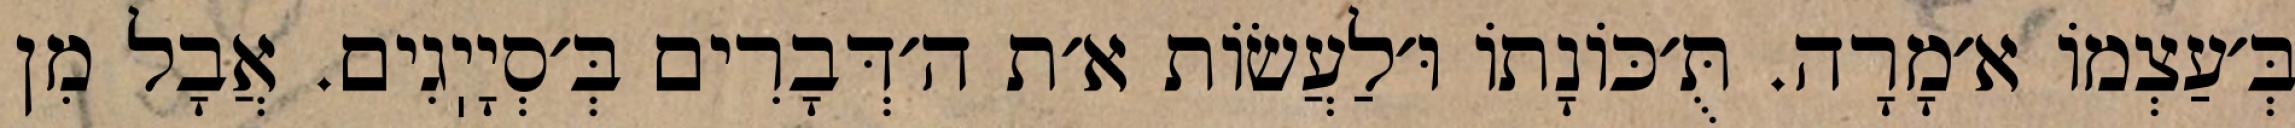
בְּ׳עַצְמוֹ א׳מָרָה. תֻּ׳כּוֹנָתוֹ וּ׳לַעֲשׂוֹת א׳ת ה׳דְּבָרִים בְּ׳סְיָיֽגִים. אֲבָל מִן